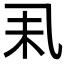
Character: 𠃥